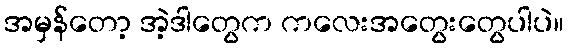
အမှန်တော့ အဲ့ဒါတွေက ကလေးအတွေးတွေပါပဲ။